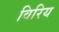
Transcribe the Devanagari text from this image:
विरिय